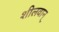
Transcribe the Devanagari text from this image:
शीलवान्